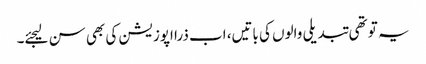
یہ تو تھی تبدیلی والوں کی باتیں، اب ذرا اپوزیشن کی بھی سن لیجئے۔